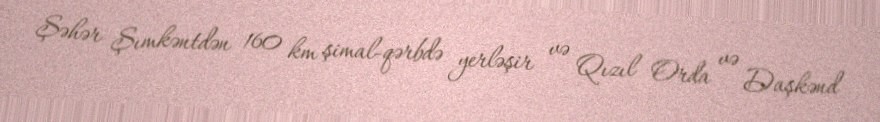
Şəhər Şımkəntdən 160 km şimal-qərbdə yerləşir və Qızıl Orda və Daşkənd